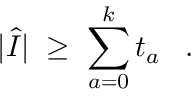
| \hat { I } | \; \geq \; \sum _ { a = 0 } ^ { k } t _ { a } \; \; \; .